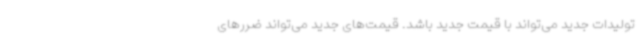
تولیدات جدید می‌تواند با قیمت جدید باشد. قیمت‌های جدید می‌تواند ضررهای